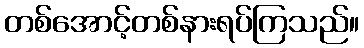
တစ်အောင့်တစ်နားရပ်ကြသည်။